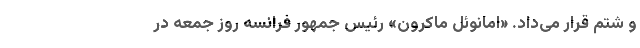
و شتم قرار می‌داد. «امانوئل ماکرون» رئیس جمهور فرانسه روز جمعه در